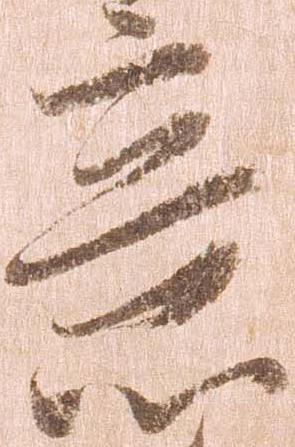
意